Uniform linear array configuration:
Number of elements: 32
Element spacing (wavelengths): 0.75
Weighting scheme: binomial
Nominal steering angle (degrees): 60
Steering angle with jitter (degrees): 60.72
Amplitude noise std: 0.05
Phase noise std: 0.05

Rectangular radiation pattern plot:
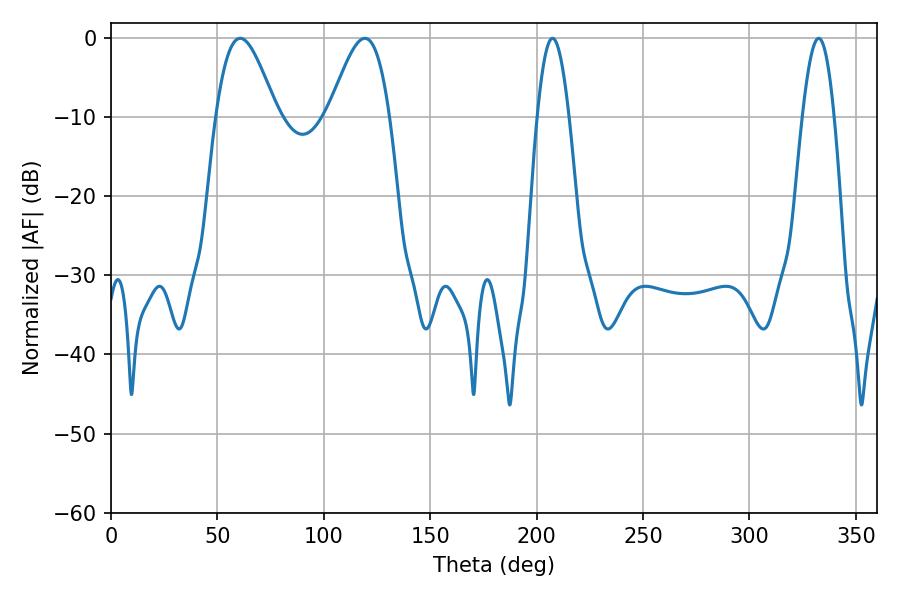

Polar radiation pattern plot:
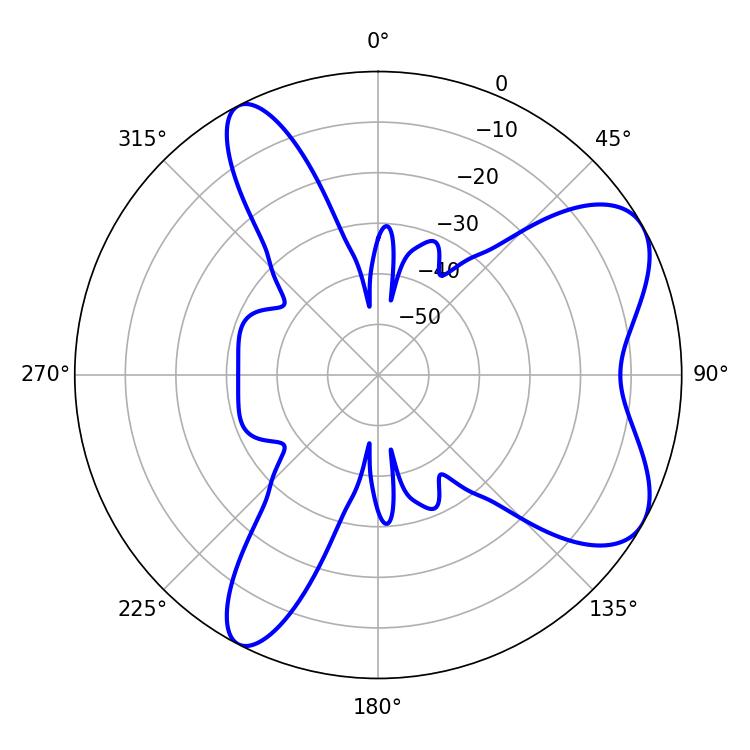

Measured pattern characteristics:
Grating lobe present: TRUE
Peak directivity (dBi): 7.03
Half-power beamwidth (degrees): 15.3
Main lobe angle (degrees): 60.66